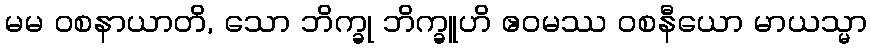
မမ ဝစနာယာတိ, သော ဘိက္ခု ဘိက္ခူဟိ ဧဝမဿ ဝစနီယော မာယသ္မာ